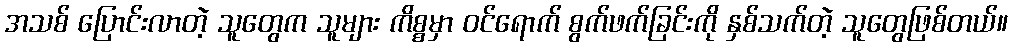
အသစ် ပြောင်းလာတဲ့ သူတွေက သူများ ကိစ္စမှာ ဝင်ရောက် စွက်ဖက်ခြင်းကို နှစ်သက်တဲ့ သူတွေဖြစ်တယ်။